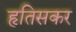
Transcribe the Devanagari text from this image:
हृतिसकर